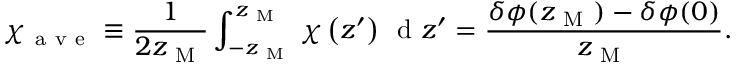
\chi _ { \mathrm { ~ a ~ v ~ e ~ } } \equiv \frac { 1 } { 2 z _ { \mathrm { ~ M ~ } } } \int _ { - z _ { \mathrm { ~ M ~ } } } ^ { z _ { \mathrm { ~ M ~ } } } \chi \left( z ^ { \prime } \right) \, \mathrm { ~ d ~ } z ^ { \prime } = \frac { \delta \phi ( z _ { \mathrm { ~ M ~ } } ) - \delta \phi ( 0 ) } { z _ { \mathrm { ~ M ~ } } } .